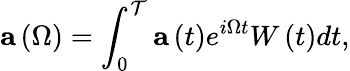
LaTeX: \mathbf{a}\left(\Omega\right)=\int_{0}^{\mathcal{T}}\mathbf{a}\left(t\right)e^{i\Omega t}W\left(t\right)dt,